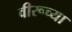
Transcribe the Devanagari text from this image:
वीरूच्या